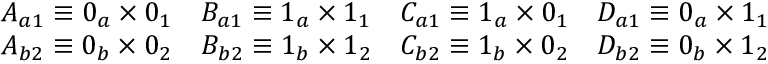
\begin{array} { c } { A _ { a 1 } \equiv 0 _ { a } \times 0 _ { 1 } } \\ { A _ { b 2 } \equiv 0 _ { b } \times 0 _ { 2 } } \end{array} \begin{array} { c } { B _ { a 1 } \equiv 1 _ { a } \times 1 _ { 1 } } \\ { B _ { b 2 } \equiv 1 _ { b } \times 1 _ { 2 } } \end{array} \begin{array} { c } { C _ { a 1 } \equiv 1 _ { a } \times 0 _ { 1 } } \\ { C _ { b 2 } \equiv 1 _ { b } \times 0 _ { 2 } } \end{array} \begin{array} { c } { D _ { a 1 } \equiv 0 _ { a } \times 1 _ { 1 } } \\ { D _ { b 2 } \equiv 0 _ { b } \times 1 _ { 2 } } \end{array}